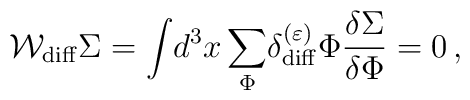
{\cal W}_{{\rm diff}}\Sigma = \displaystyle{\int} d^3x\,\displaystyle{\sum_{\Phi}^{}} \delta_{{\rm diff}}^{(\varepsilon)}\Phi {\displaystyle{\frac{\delta\Sigma }{\delta\Phi }}} = 0 \,,